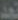
تجد